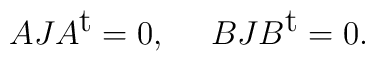
AJA^{\mbox{t}}=0,\ \ \ \ BJB^{\mbox{t}}=0.